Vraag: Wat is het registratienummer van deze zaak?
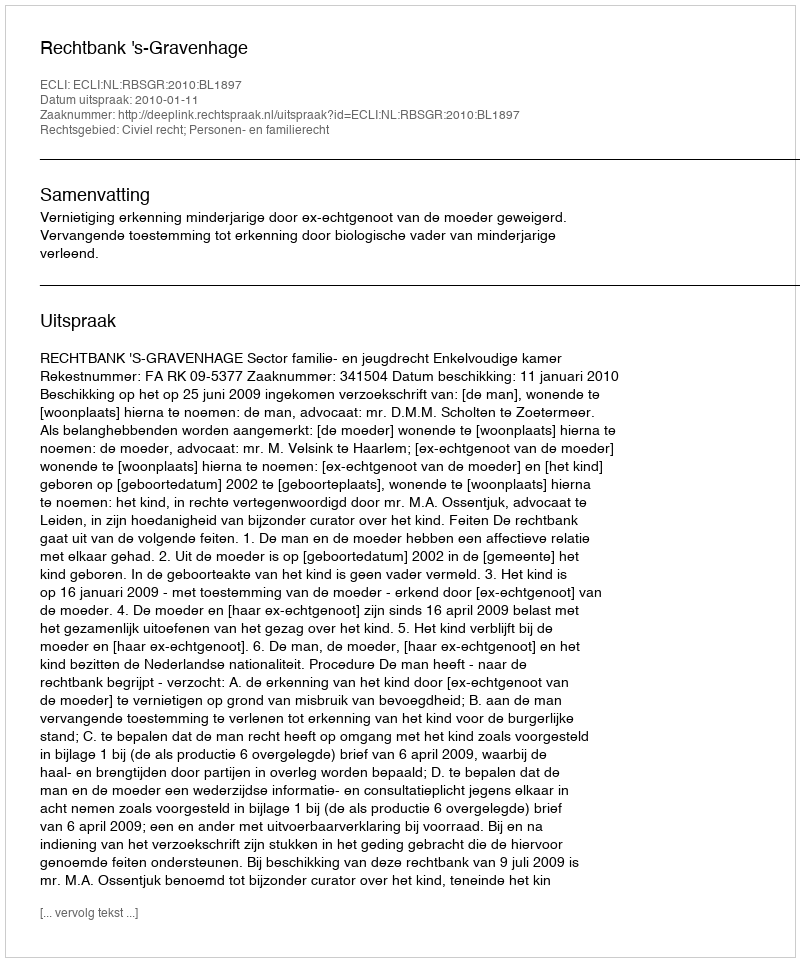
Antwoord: http://deeplink.rechtspraak.nl/uitspraak?id=ECLI:NL:RBSGR:2010:BL1897